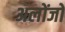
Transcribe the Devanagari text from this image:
अलोंजो